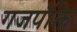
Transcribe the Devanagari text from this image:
गजपंक्ति